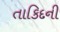
તાકિદની